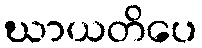
ဃာယတိပေ